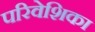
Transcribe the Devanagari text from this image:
परिवेशिका